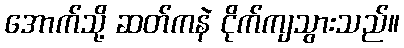
အောက်သို့ ဆတ်ကနဲ ငိုက်ကျသွားသည်။